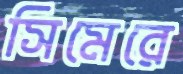
সিমেরে